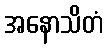
အနောသိတံ